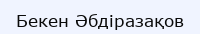
Бекен Әбдіразақов